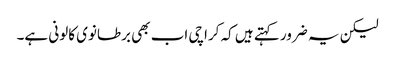
لیکن یہ ضرور کہتے ہیں کہ کراچی اب بھی برطانوی کالونی ہے۔